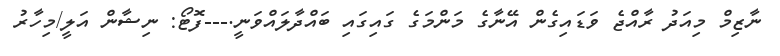
ނާޒިމް މިއަދު ރާއްޖެ ވަޑައިގެން އޭނާގެ މަންމަގެ ގައިގައި ބައްދާލައްވަނީ.---ފޮޓޯ: ނިޝާން އަލީ/މިހާރު